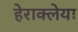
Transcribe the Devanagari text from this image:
हेराक्लेया